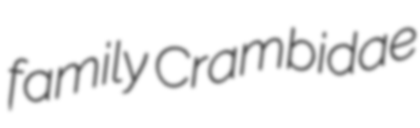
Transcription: family Crambidae